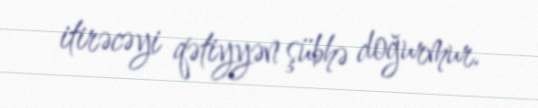
itirəcəyi qətiyyən şübhə doğurmur.